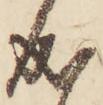
成